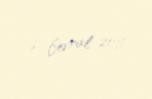
6 fevral 2011